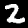
Digit: 2